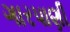
ગારપાણી